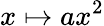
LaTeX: x\mapsto ax^{2}